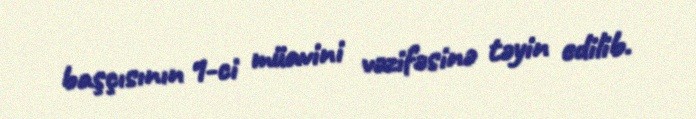
başçısının 1-ci müavini vəzifəsinə təyin edilib.